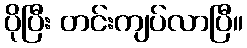
ပိုပြီး တင်းကျပ်လာပြီ။